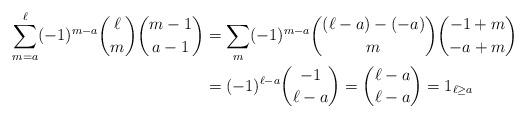
LaTeX: \begin{align*} \sum_{m=a}^\ell(-1)^{m-a}{\ell \choose m}{m-1\choose a-1} & = \sum_{m}(-1)^{m-a}{(\ell-a)-(-a)\choose m}{-1 + m \choose -a+m} \\ & = (-1)^{\ell-a}\binom{-1}{\ell-a} = \binom{\ell-a}{\ell-a} = 1_{\ell\geq a} \end{align*}